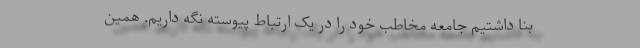
بنا داشتیم جامعه مخاطب خود را در یک ارتباط پیوسته نگه داریم. همین